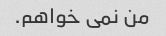
من نمی خواهم.